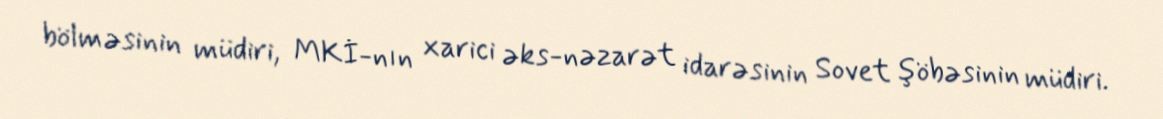
bölməsinin müdiri, MKİ-nın xarici əks-nəzarət idarəsinin Sovet şöbəsinin müdiri.